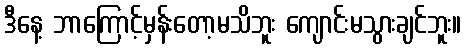
ဒီနေ့ ဘာကြောင့်မှန်းတော့မသိဘူး ကျောင်းမသွားချင်ဘူး။